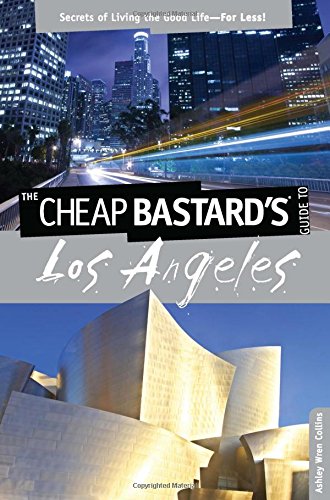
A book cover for Cheap Bastard'sÂ® Guide to Los Angeles: Secrets Of Living The Good Life--For Less!; Ashley Wren Collins; Travel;